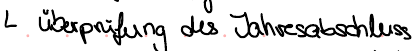
Überprüfung des Jahresabschluss